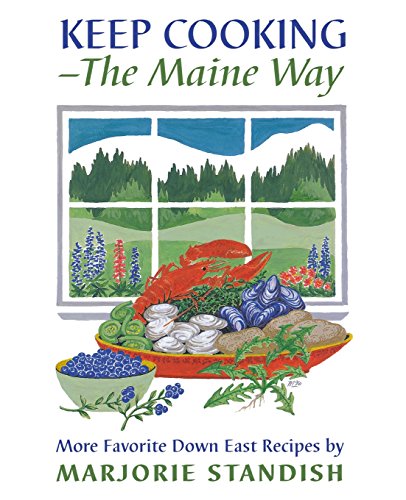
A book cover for Keep Cooking - The Maine Way; Marjorie Standish; Cookbooks, Food & Wine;